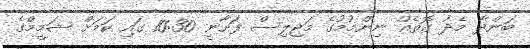
ބަންދާ މެދު ގޮތެއް ނިންމުމުގެ މަޖިލިސް ފަށާނީ 10:30 ގައި ކަމަށް ޝަމީމްގެ